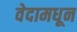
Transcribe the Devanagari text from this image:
वेदामधून